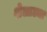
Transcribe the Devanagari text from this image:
शेलाट्या